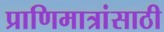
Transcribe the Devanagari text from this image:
प्राणिमात्रांसाठी